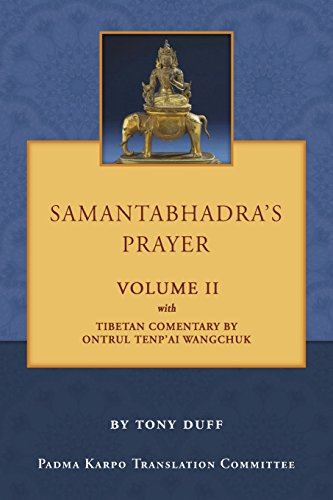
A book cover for Samantabhadra's Prayer Volume II; Tony Duff; Religion & Spirituality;